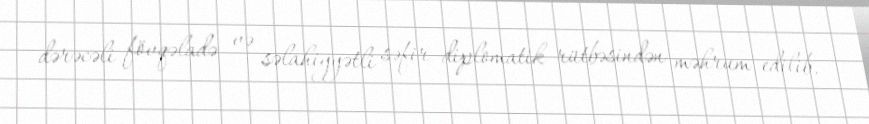
dərəcəli fövqəladə və səlahiyyətli səfir diplomatik rütbəsindən məhrum edilib.